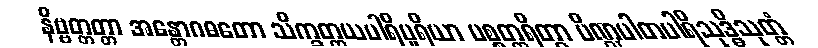
နိဗ္ဗတ္တတ္တာ အန္တောဂဓတော သိက္ခတ္တယပါရိပူရိယာ ပစ္စတ္ထရိတွာ ပိဏ္ဍပါတပါရိသုဒ္ဓိသုတ္တံ